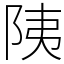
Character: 䧅